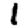
Digit: 1